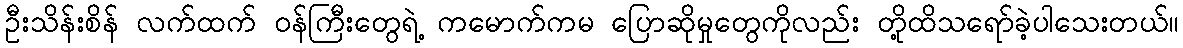
ဦးသိန်းစိန် လက်ထက် ဝန်ကြီးတွေရဲ့ ကမောက်ကမ ပြောဆိုမှုတွေကိုလည်း တို့ထိသရော်ခဲ့ပါသေးတယ်။